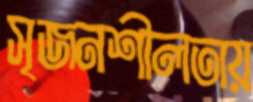
সৃজনশীলতায়